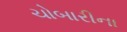
ચોબારીના